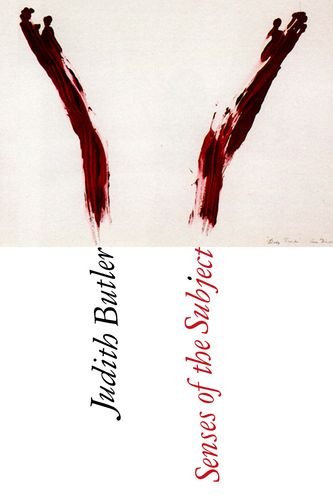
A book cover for Senses of the Subject; Judith Butler; Politics & Social Sciences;